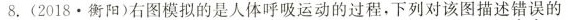
8.(2018.衡阳)右图模拟的是人体呼吸运动的过程，下列对该图描述错误的